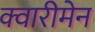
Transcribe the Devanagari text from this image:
क्वारीमेन